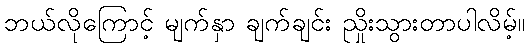
ဘယ်လိုကြောင့် မျက်နှာ ချက်ချင်း ညှိုးသွားတာပါလိမ့်။